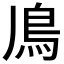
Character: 𩾑